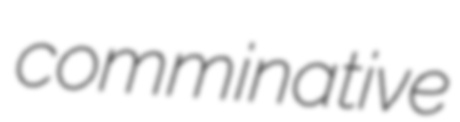
comminative